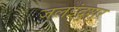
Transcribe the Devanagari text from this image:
जलइंदुशुर